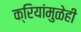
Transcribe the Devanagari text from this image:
क्रियांमुळेही